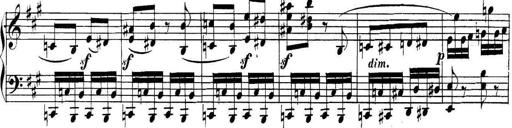
Title: Collected Piano Sonatas
Composer: Muzio Clementi